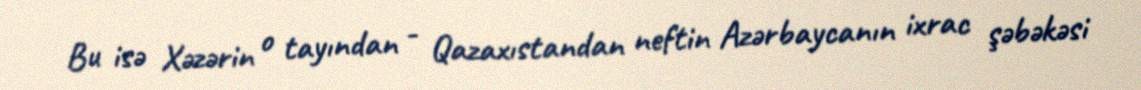
Bu isə Xəzərin o tayından - Qazaxıstandan neftin Azərbaycanın ixrac şəbəkəsi